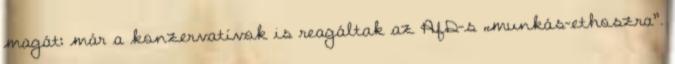
magát: már a konzervatívok is reagáltak az AfD-s „munkás-ethoszra”.